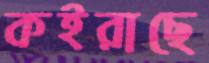
কইরাছে